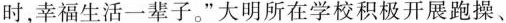
时，幸福生活一辈子。”大明所在学校积极开展跑操、